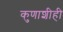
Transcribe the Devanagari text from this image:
कुणाशीही